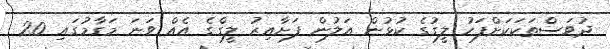
ދުވަސްތަކަކަށްފަހު ލީގުގެ ކުޅުން އަލުން ފަށާއިރު ލީގްގެ އެއް ވަނަ މަގާމުގައި 20